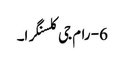
6- رام جی کلسنگرا۔